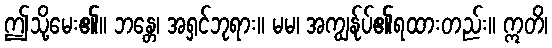
ဤသို့မေး၏။ ဘန္တေ၊ အရှင်ဘုရား။ မမ၊ အကျွန်ုပ်၏ရထားတည်း။ ဣတိ၊